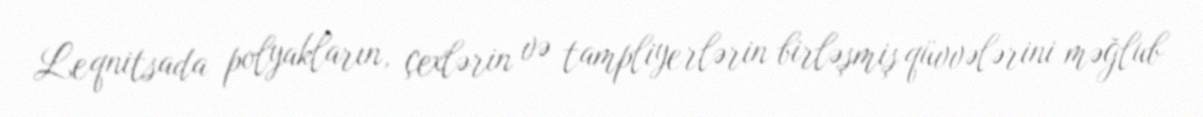
Leqnitsada polyakların, çexlərin və tampliyerlərin birləşmiş qüvvələrini məğlub